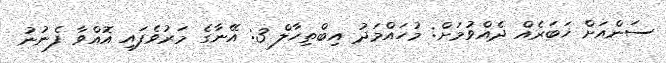
ސަންއަށް ޚަބަރެއް ދެއްވުމަށް: މުހައްމަދު އިބްތިހާލް 3: އޭނާގެ މަރުވެފައި އޮއްވާ ފެނުނު